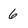
Character: 6